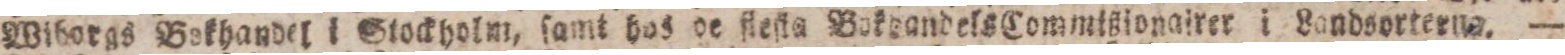
Det återſtällda wänſkapsbandet imellan Ryßland och Perſien har under loppet af de